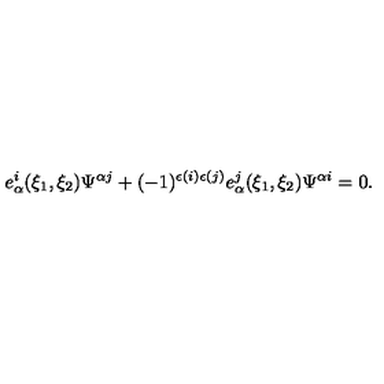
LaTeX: e _ { \alpha } ^ { i } ( \xi _ { 1 } , \xi _ { 2 } ) \Psi ^ { \alpha j } + ( - 1 ) ^ { \epsilon ( i ) \epsilon ( j ) } e _ { \alpha } ^ { j } ( \xi _ { 1 } , \xi _ { 2 } ) \Psi ^ { \alpha i } = 0 .